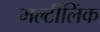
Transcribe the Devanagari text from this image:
मल्टीलिंक